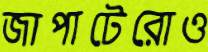
জাপাটেরোও